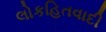
લોકહિતવાદી